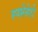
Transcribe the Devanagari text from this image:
स्पमेंसेटी